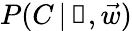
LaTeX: P(C\, |\, \boldsymbol\uprho,\vec{w})